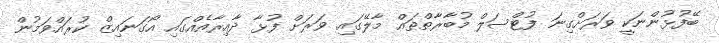
ބޭފުޅުންނަކީ ވަރަށްގިނަ ފުޓްސަލް މުބާރާތްތައް މާލޭގައި ވަރަށް ފުޅާ ދާއިރާއެއްގައި އޯގަނައިޒް ކުރައްވަމުން